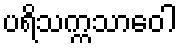
ပရိသက္ကသာဝေါ